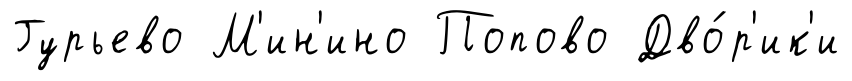
Гурьево М'ин'ино Попово Дво́р'ик'и